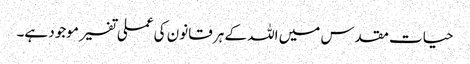
حیات مقدس میں اللہ کے ہر قانون کی عملی تفسیر موجود ہے۔